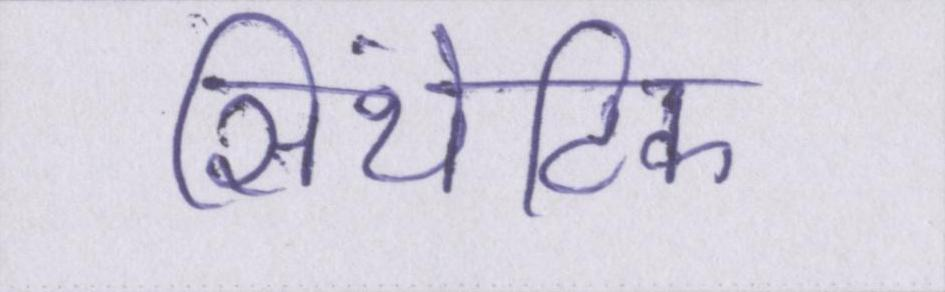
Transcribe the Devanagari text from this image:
सिंथेटिक